Report of the Indian Hemp Drugs Commission, 1894-1895 - Volume V
Year: 1894
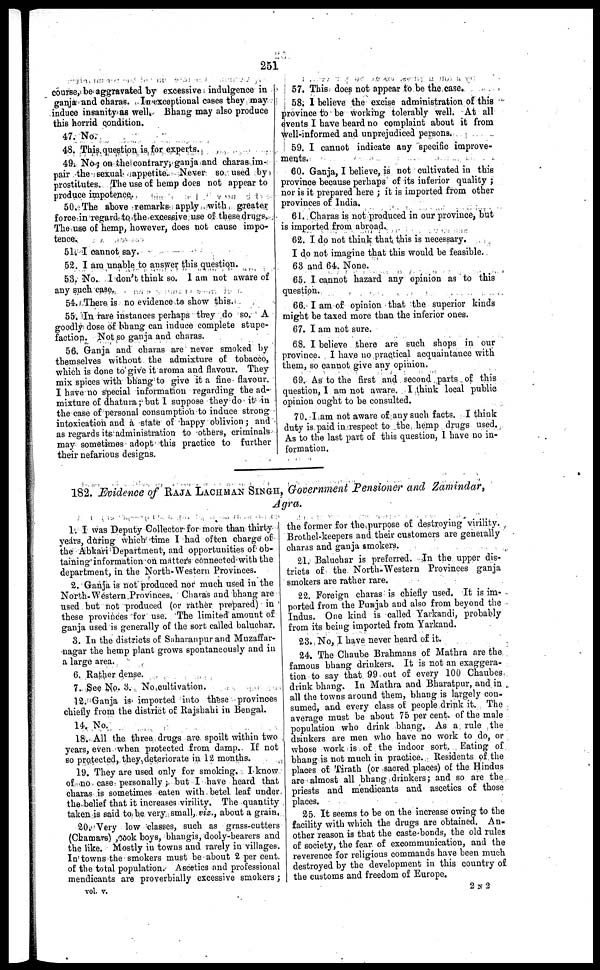
251
course, be aggravated by excessive indulgence in
ganja and charas. In exceptional cases they may
induce insanity as well. Bhang may also produce
this horrid condition.
47. No.
48. This question is. for experts.
49. No ; on the contrary, ganja and charas im-
pair the sexual appetite. Never so used by
prostitutes. The use of hemp does not appear to
produce impotence.
50. The above remarks apply with greater
force in regard to the excessive use of these drugs.
The use of hemp, however, does not cause impo-
tence.
51. I cannot say.
52. I am unable to answer this question.
53. No. I don't think so. I am not aware of
any such case.
54. There is no evidence to show this.
55. In rare instances perhaps they do so. A
goodly dose of bhang can induce complete stupe-
faction. Not so ganja and charas.
56. Ganja and charas are never smoked by
themselves without the admixture of tobacco,
which is done to give it aroma and flavour. They
mix spices with bhang to give it a fine flavour.
I have no special information regarding the ad-
mixture of dhatura ; but I suppose they do it in
the ease of personal consumption to induce strong
intoxication and a state of happy oblivion ; and
as regards its administration to others, criminals
may sometimes adopt this practice to further
their nefarious designs.
57. This does not appear to be the case.
58. 1 believe the excise administration of this
province to be working tolerably well. At all
events I have heard no complaint about it from
well-informed and unprejudiced persons.
59. I cannot indicate any specific improve-
ments.
60. Ganja, I believe, is not cultivated in this
province because perhaps of its inferior quality ;
nor is it prepared here ; it is imported from other
provinces of India.
61. Charas is not produced in our province, but
is imported from abroad.
62. I do not think that this is necessary.
I do not imagine that this would be feasible.
63 and 64. None.
65. I cannot hazard any opinion as to this
question.
66. I am of opinion that the superior kinds
might be taxed more than the inferior ones.
67. I am not sure.
68. I believe there are such shops in our
province. I have no practical acquaintance with
them, so cannot give any opinion.
69. As to the first and second parts of this
question, I am not aware. I think local public
opinion ought to be consulted.
70. I am not aware of any such facts. I think
duty is paid in respect to the hemp drugs used.
As to the last part of this question, I have no in-
formation.
182. Evidence of RAJA LACKMAN SINGH, Government Pensioner and Zamindar,
Agra.
1. I was Deputy Collector for more than thirty
years, during which time I had often charge of
the Abkari Department, and opportunities of ob-
taining information on matters connected with the
department, in the North-Western Provinces.
2. Ganja is not produced nor much used in the
North-Western Provinces. Charas and bhang are
used but not produced (or rather prepared) in
these provinces for use. The limited amount of
ganja used is generally of the sort called baluchar.
3. In the districts of Saharanpur and Muzaffar-
nagar the hemp plant grows spontaneously and in
a large area.
6. Rather dense.
7. See No. 3. No cultivation.
12. Ganja is imported into these provinces
chiefly from the district of Rajshahi in Bengal.
14. No.
18. All the three drugs are spoilt within two
years, even when protected from damp. If not
so protected, they deteriorate in 12 months.
19. They are used only for smoking. I know
of no case personally ; but I have heard that
charas is sometimes eaten with betel leaf under
the belief that it increases virility. The quantity
taken is said to be very small, viz., about a grain.
20. Very low classes, such as grass-cutters
(Chamars) ,cook boys, bhangis, dooly-bearers and
the like. Mostly in towns and rarely in villages.
In towns the smokers must be about 2 per cent.
of the total population. Ascetics and professional
mendicants are proverbially excessive smokers ;
the former for the purpose of destroying virility.
Brothel-keepers and their customers are generally
charas and ganja smokers.
21. Baluchar is preferred. In the upper dis-
tricts of the North-Western Provinces ganja
smokers arc rather rare.
22. Foreign charas is chiefly used. It is im-
ported from the Punjab and also from beyond the
Indus. One kind is called Yarkandi, probably
from its being imported from Yarkand.
23. No, I have never heard of it.
24. The Chaube Brahmans of Mathra are the
famous bhang drinkers. It is not an exaggera-
tion to say that 99 out of every 100 Chaubes
drink bhang. In Mathra and Bharatpur, and in
all the towns around them, bhang is largely con-
sumed, and every class of people drink it. The
average must be about 75 per cent. of the male
population who drink bhang. As a rule the
drinkers are men who have no work to do, or
whose work is of the indoor sort. Eating of
bhang is not much in practice. Residents of the
places of Tirath (or sacred places) of the Hindus
are almost all bhang drinkers; and so are the
priests and mendicants and ascetics of those
places.
25. It seems to be on the increase owing to the
facility with which the drugs are obtained. An-
other reason is that the caste-bonds, the old rules
of society, the fear of excommunication, and the
reverence for religious commands have been much
destroyed by the development in this country of
the customs and freedom of Europe.
vol. v.
2 N 2